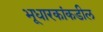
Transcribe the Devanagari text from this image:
भूधारकांकडील